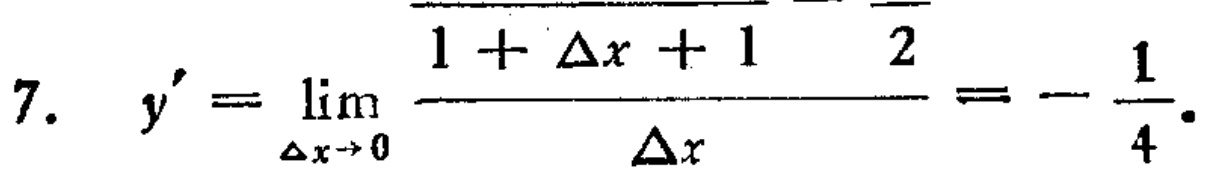
\[
7.\quad y'=\lim_{\Delta x\to0} \frac{\frac{1}{1 + \Delta x + 1}-\frac{1}{2}}{\Delta x}=-\frac{1}{4}.
\]